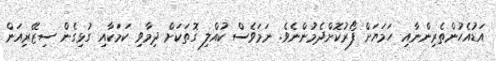
އަޑުއެހުންތެރިންނާއި ހަމަޔަށް ފޯރުކޮށްދެމުންނެވެ. ނަމަވެސް ކުއްލި ގޮތަކަށް ދިމާވި ކަމަކާއި ގުޅިގެން ސިޒޭރިއަން